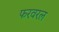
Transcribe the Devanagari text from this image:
फरवरल